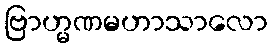
ဗြာဟ္မဏမဟာသာလော